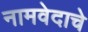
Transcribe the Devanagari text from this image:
नामवेदाचे